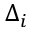
\Delta _ { i }